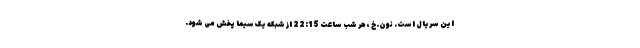
این سریال است. نون.خ ، هر شب ساعت 22:15 از شبکه یک سیما پخش می شود.